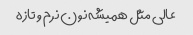
عالی مثل همیشه نون نرم و تازه